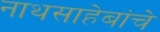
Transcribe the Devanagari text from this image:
नाथसाहेबांचे